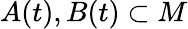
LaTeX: A(t),B(t)\subset M